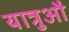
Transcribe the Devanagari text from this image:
यात्रुऔं